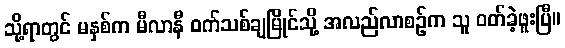
သို့ရာတွင် မနှစ်က မီလာနီ ဝက်သစ်ချမြိုင်သို့ အလည်လာစဉ်က သူ ဝတ်ခဲ့ဖူးပြီ။